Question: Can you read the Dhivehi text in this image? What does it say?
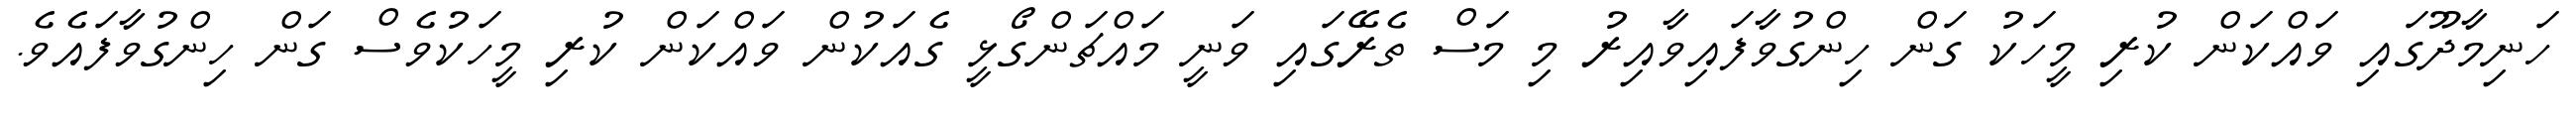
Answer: ހަނިމާދޫގައި ވައްކަން ކުރި މީހަކު ގަން ހިންގުވާފައިވާއިރު މި މަސް ތެރޭގައި ވަނީ މައްޗަންގޯޅީ ގެއަކުން ވައްކަން ކުރި މީހަކުވެސް ގަން ހިންގުވާފައެވެ.